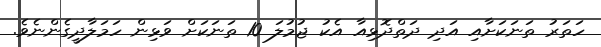
ހަތަރު ތަނަކަށާއި އަދި ދަތްދޮޅިއާ އެކު ޖުމުލަ 10 ތަނަކަށް ވަޅިން ހަމަލާދީގެންނެވެ.